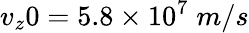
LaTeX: v_{z}0=5.8\times 10^{7}\; m/s